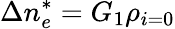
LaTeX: \Delta n_{e}^{*}=G_{1}\rho_{i=0}